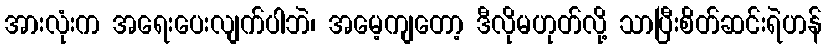
အားလုံးက အရေးပေးလျက်ပါဘဲ၊ အမေ့ကျတော့ ဒီလိုမဟုတ်လို့ သာပြီးစိတ်ဆင်းရဲဟန်